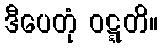
ဒီပေတုံ ဝဋ္ဋတိ။